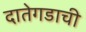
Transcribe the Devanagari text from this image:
दातेगडाची